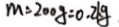
m = 2 0 0 g = 0 . 2 k g